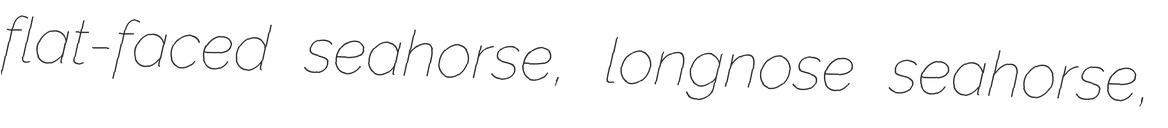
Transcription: flat-faced seahorse, longnose seahorse,